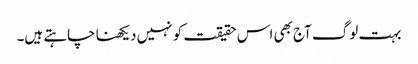
بہت لوگ آج بھی اس حقیقت کو نہیں دیکھنا چاہتے ہیں۔